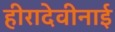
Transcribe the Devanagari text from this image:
हीरादेवीनाई